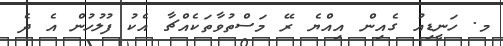
މ. ހަނީޑިއު ގެއިން އިއްޔެ ރޭ މަސްތުވާތަކެއްޗާ އެކު ފުލުހުން އެ ދެ